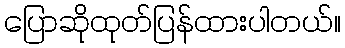
ပြောဆိုထုတ်ပြန်ထားပါတယ်။